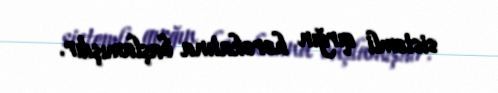
sistemli qırğın hərəkatına başlamışdır.